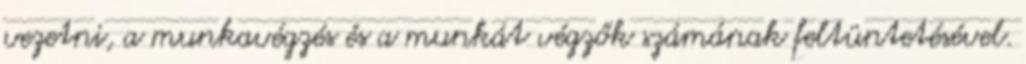
vezetni, a munkavégzés és a munkát végzők számának feltüntetésével.